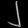
Digit: ၂